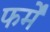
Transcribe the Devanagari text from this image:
फर्में